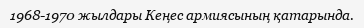
1968-1970 жылдары Кеңес армиясының қатарында.